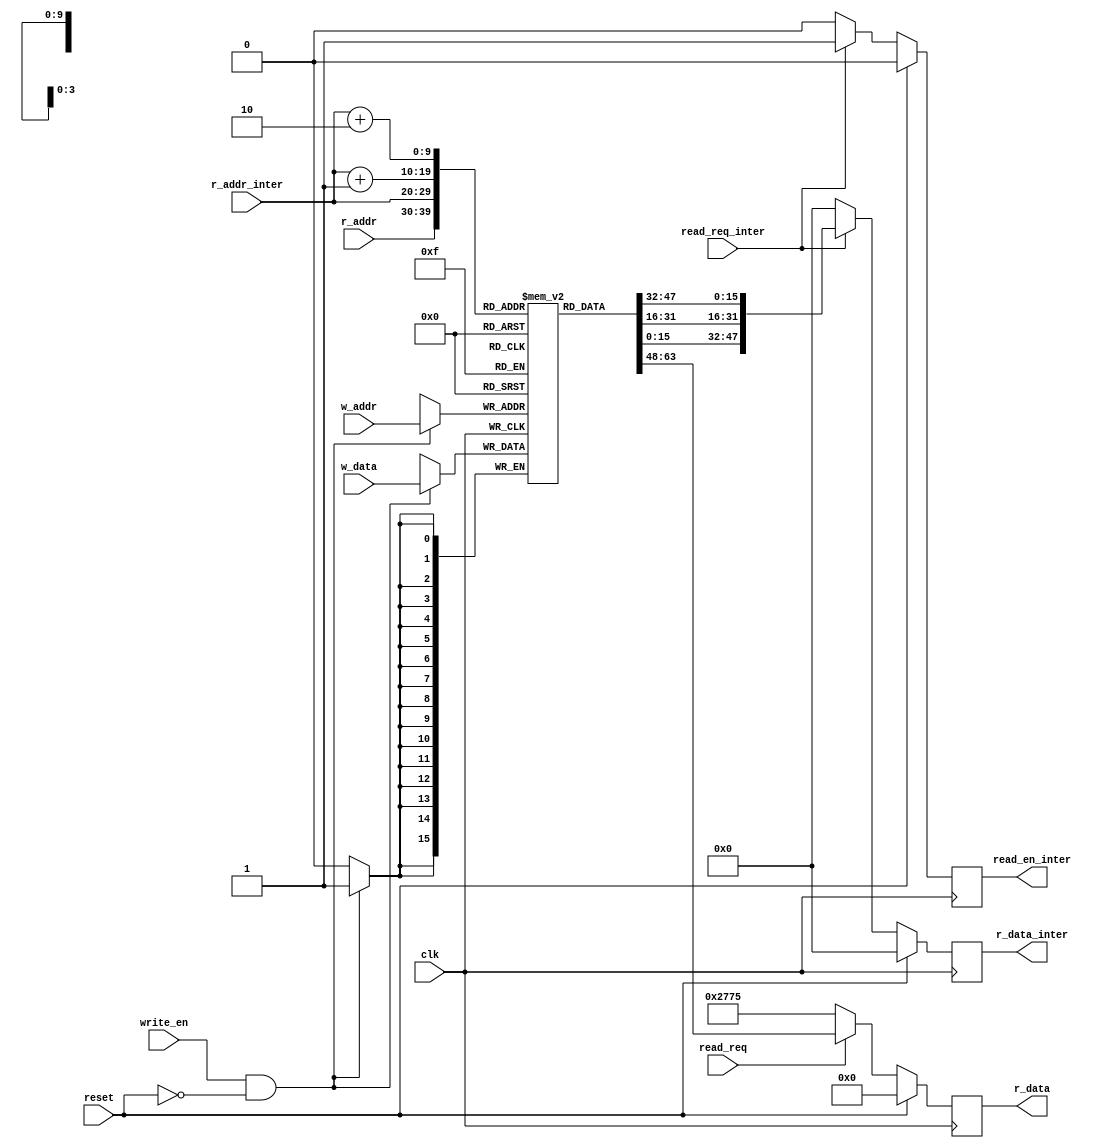
`timescale 1ns / 1ps


module glb_psum #( parameter DATA_BITWIDTH = 16,
			 parameter ADDR_BITWIDTH = 10,
			 parameter X_dim=3,
			 parameter Y_dim =3 )
		   ( input clk,
			 input reset,
			 input read_req,
			 input write_en,
			 input [ADDR_BITWIDTH-1 : 0] r_addr,
			 input [ADDR_BITWIDTH-1 : 0] w_addr,
			 input [DATA_BITWIDTH-1 : 0] w_data,
			 output  [DATA_BITWIDTH-1 : 0] r_data,
			 input [ADDR_BITWIDTH-1 : 0] r_addr_inter,
			 input read_req_inter,
			 output  [DATA_BITWIDTH*X_dim-1 : 0] r_data_inter,
			 output reg read_en_inter

    );
	
	reg [DATA_BITWIDTH-1 : 0] mem [0 : (1 << ADDR_BITWIDTH) - 1]; 
		// default - 1024(2^10) 16-bit memory. Total size = 2kB 
	reg [DATA_BITWIDTH-1 : 0] data;
	reg [DATA_BITWIDTH*X_dim-1 : 0] data_inter;
	always@(posedge clk)
		begin : READ
			if(reset)
				data = 0;
			else
			begin
				if(read_req) begin
					data = mem[r_addr];
//					$display("Read Address to SPad:%d",r_addr);
				end else begin
					data = 10101; //Random default value to verify model
				end
			end
		end
	
	assign r_data = data;
	
	always@(posedge clk)
		begin : READ_INTER
			if(reset)
			begin
				data_inter=0;
				read_en_inter=0;
			end
			else
			begin
				if(read_req_inter) 
				begin
					
					data_inter = {mem[r_addr_inter+2],mem[r_addr_inter+1],mem[r_addr_inter]};
					
					read_en_inter=1;
				end
				else 
				begin
					data_inter=0;
					read_en_inter=0;
				end
			end
		end

	assign r_data_inter = data_inter ;
	
	always@(posedge clk)
		begin : WRITE
		
/* 				$display("\t\t\t\t\t Current Status in glb_psum:\n \
				 \t psum[0]:%d", mem[0],
				" | psum[1]:%d", mem[1],
				" | psum[2]:%d", mem[2],
				" | psum[3]:%d", mem[3],
				" | psum[4]:%d", mem[4],
				" | psum[5]:%d", mem[5],
				" | psum[6]:%d", mem[6],
				" | psum[7]:%d", mem[7],
				" | psum[8]:%d", mem[8],
				" | psum[9]:%d", mem[9]
				);
			
			$display("WriteEn: %d\n",write_en);
			$display("Write Data: %d\n",w_data);
			$display("Write Addr: %d\n\n\n",w_addr); */
			
			if(write_en && !reset) begin
				mem[w_addr] = w_data;
			end
		end
	
endmodule